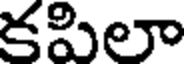
కపిలా